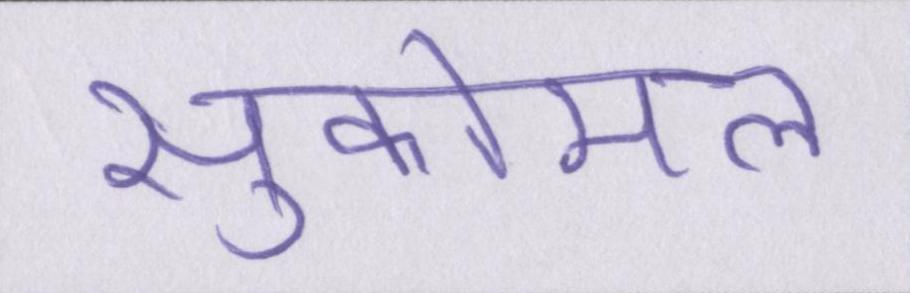
सुकोमल